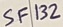
Text: SF132